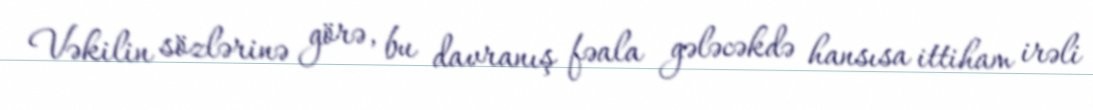
Vəkilin sözlərinə görə, bu davranış fəala gələcəkdə hansısa ittiham irəli